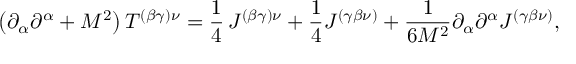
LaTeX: \left( \partial _ { \alpha } \partial ^ { \alpha } + M ^ { 2 } \right) T ^ { ( \beta \gamma ) \nu } = \frac { 1 } { 4 } \, J ^ { ( \beta \gamma ) \nu } + \frac { 1 } { 4 } J ^ { ( \gamma \beta \nu ) } + \frac { 1 } { 6 M ^ { 2 } } \partial _ { \alpha } \partial ^ { \alpha } J ^ { \left( \gamma \beta \nu \right) } ,